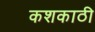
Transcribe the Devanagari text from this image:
कशकाठी